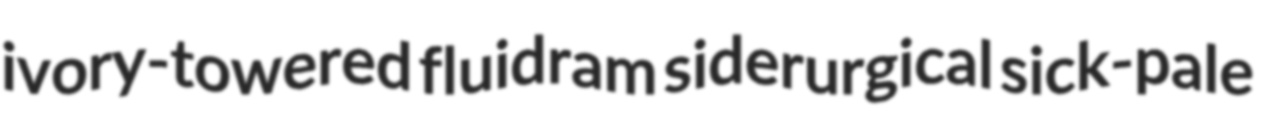
ivory-towered fluidram siderurgical sick-pale